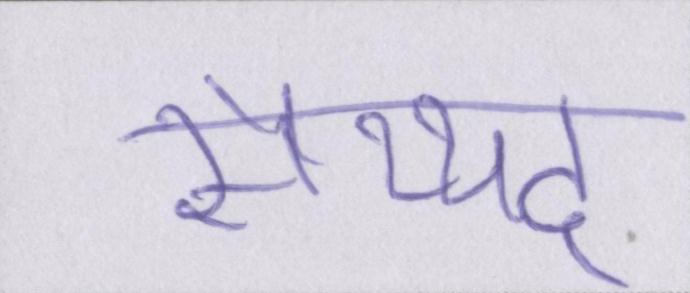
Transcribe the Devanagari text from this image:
सैय्यद